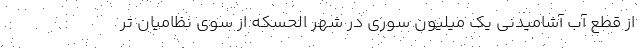
از قطع آب آشامیدنی یک میلیون سوری در شهر الحسکه از سوی نظامیان تر